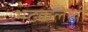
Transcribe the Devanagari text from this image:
भटकलेली